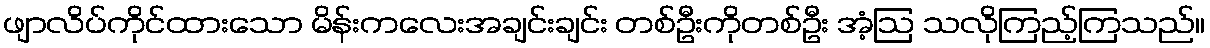
ဖျာလိပ်ကိုင်ထားသော မိန်းကလေးအချင်းချင်း တစ်ဦးကိုတစ်ဦး အံ့ဩ သလိုကြည့်ကြသည်။